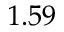
1 . 5 9